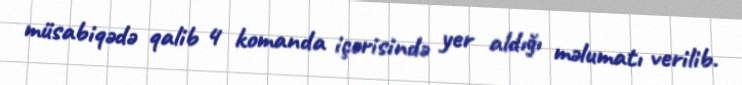
müsabiqədə qalib 4 komanda içərisində yer aldığı məlumatı verilib.